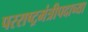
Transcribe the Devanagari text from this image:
परराष्ट्रमंत्रीपदाच्या